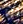
انا